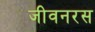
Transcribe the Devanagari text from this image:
जीवनरस